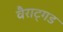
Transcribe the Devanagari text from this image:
वैराट्गड